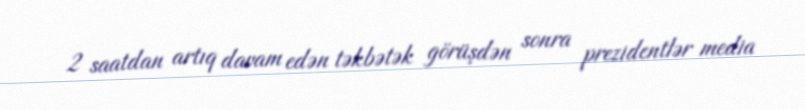
2 saatdan artıq davam edən təkbətək görüşdən sonra prezidentlər media